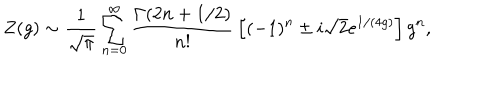
Z ( g ) \sim { \frac { 1 } { \sqrt { \pi } } } \sum _ { n = 0 } ^ { \infty } { \frac { \Gamma ( 2 n + 1 / 2 ) } { n ! } } \left[ ( - 1 ) ^ { n } \pm i \sqrt { 2 } e ^ { 1 / ( 4 g ) } \right] g ^ { n } ,